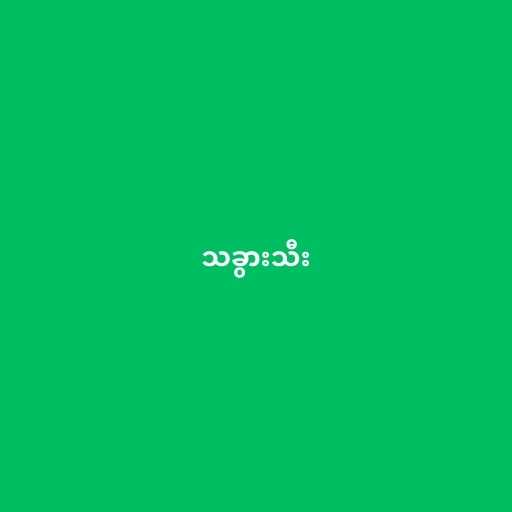
သခွားသီး